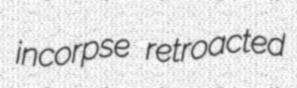
incorpse retroacted